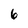
Character: 6